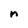
Character: n